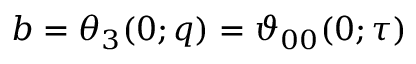
b = \theta _ { 3 } ( 0 ; q ) = \vartheta _ { 0 0 } ( 0 ; \tau )